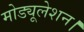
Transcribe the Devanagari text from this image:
मोड्यूलेशन।